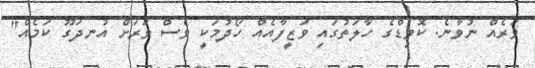
ވަރެއް ނުވާނެ. ކޮވިޑްގެ ހާލަތުގައި ވަޒީފާއެއް ހޯދުމަކީ ވެސް ވަރަށް އުނދަގޫ ކަމެއް"